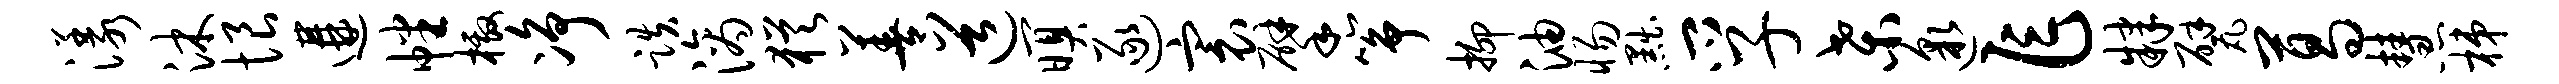
漾沐恨遘幡檄净跌滴犹善道暝逐寰擘筝抑油惕黜孚桑邈乍肄甓葛慧梯